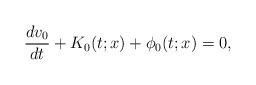
LaTeX: \begin{align*}\frac{dv_0}{dt}+K_0(t; x)+\phi_0(t; x)=0,\end{align*}